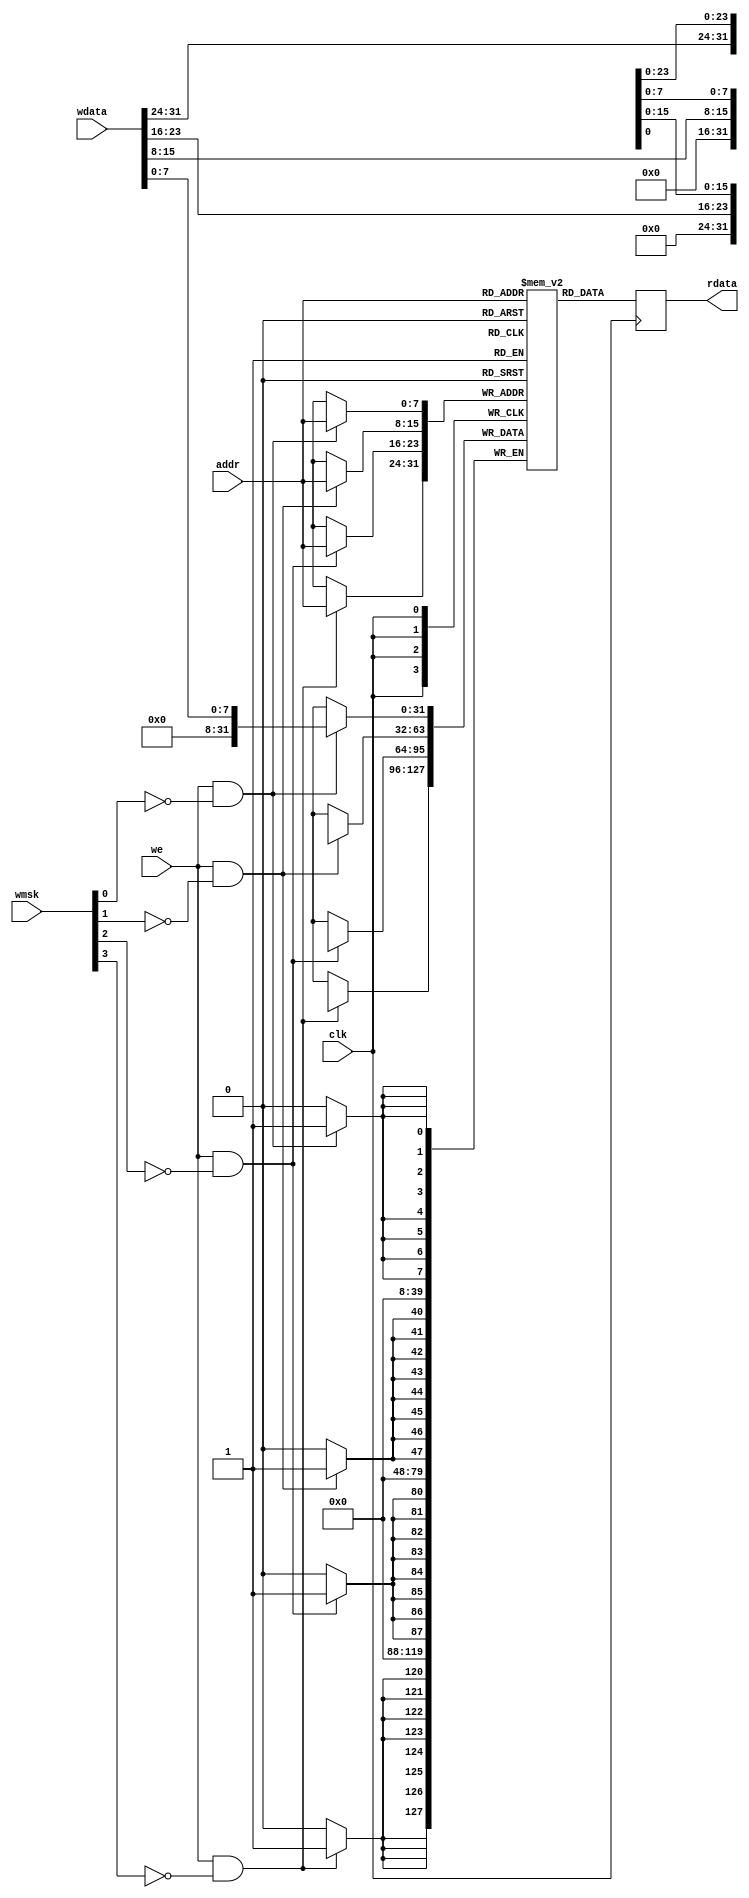
/*
 * soc_bram.v
 *
 * vim: ts=4 sw=4
 *
 * Copyright (C) 2020  Sylvain Munaut <tnt@246tNt.com>
 * SPDX-License-Identifier: CERN-OHL-P-2.0
 */

`default_nettype none

module soc_bram #(
	parameter integer AW = 8,
	parameter INIT_FILE = ""
)(
	input  wire [AW-1:0] addr,
	output reg    [31:0] rdata,
	input  wire   [31:0] wdata,
	input  wire   [ 3:0] wmsk,
	input  wire          we,
	input  wire          clk
);

	(* no_rw_check *)
	reg [31:0] mem [0:(1<<AW)-1];

	initial
		if (INIT_FILE != "")
			$readmemh(INIT_FILE, mem);

	always @(posedge clk) begin
		rdata <= mem[addr];
		if (we & ~wmsk[0]) mem[addr][ 7: 0] <= wdata[ 7: 0];
		if (we & ~wmsk[1]) mem[addr][15: 8] <= wdata[15: 8];
		if (we & ~wmsk[2]) mem[addr][23:16] <= wdata[23:16];
		if (we & ~wmsk[3]) mem[addr][31:24] <= wdata[31:24];
	end

endmodule // soc_bram